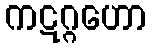
ကဋဂ္ဂဟော